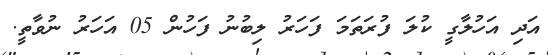
އަދި އަހުލާގީ ކުލަ ފުރަތަމަ ފަހަރު ލިބުނު ފަހުން 05 އަހަރު ނުވާތީ.